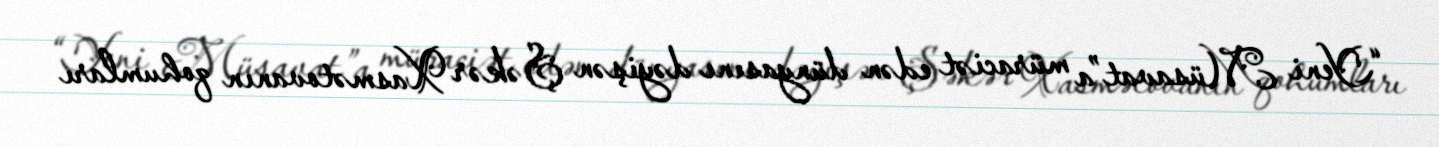
“Yeni Müsavat”a müraciət edən dünyasını dəyişən Şəkər Xasmətovanın qohumları